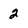
Character: 2